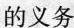
的义务